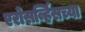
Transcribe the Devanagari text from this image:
एरोसर्व्हिसच्या